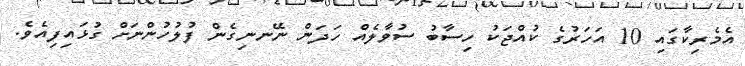
އެމެރިކާގައި 10 އަހަރުގެ ކުއްޖަކު ހިސާބު ސުވާލެއް ހަދަން ނޭނނިގެން ފުލުހުންނަށް ގުޅައިފިއެވެ.